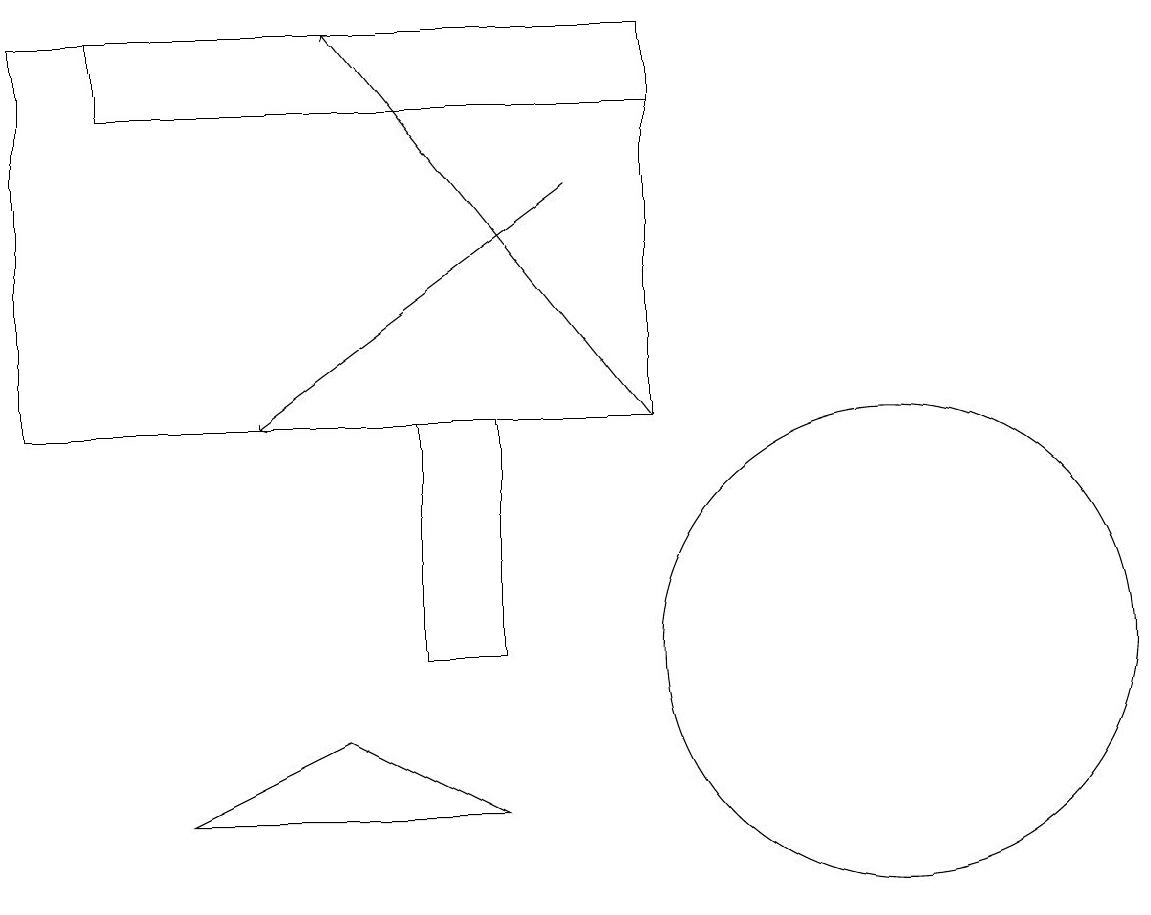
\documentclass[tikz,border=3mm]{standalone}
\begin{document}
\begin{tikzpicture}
\draw (5,10) rectangle (6,13);
\draw[->] (8,13) -- (4,18);
\draw (2,8) -- (6,8) -- (4,9) -- cycle;
\draw[->] (7,16) -- (3,13);
\draw (11,10) circle (3);
\draw (11,11) circle (0);
\draw (8,13) rectangle (0,18);
\draw (8,17) rectangle (1,18);
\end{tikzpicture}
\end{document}